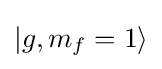
|g,m_{f}=1\rangle